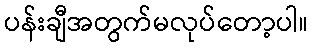
ပန်းချီအတွက်မလုပ်တော့ပါ။